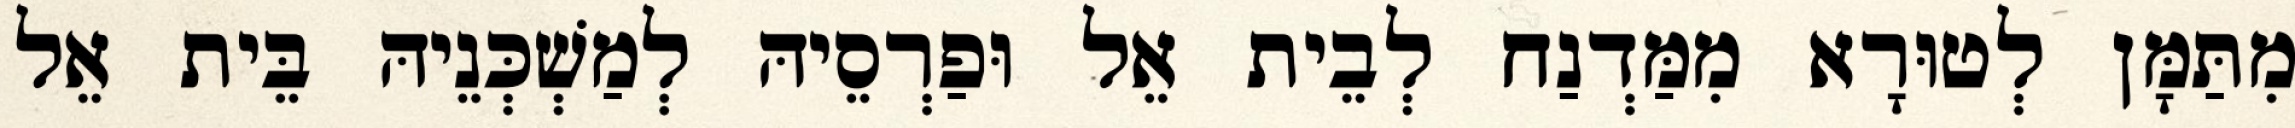
מִתַּמָּן לְטוּרָא מִמַּדְנַח לְבֵית אֵל וּפַרְסֵיהּ לְמַשְׁכְּנֵיהּ בֵּית אֵל